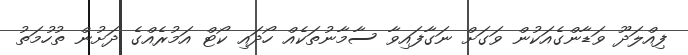
ފިއްލަދޫ ވަޑާންގެއަކުން ވަގަށް ނަގާފައިވާ ސާމާނުތަކެއް ހޯދައި ކޯޓް އަމުރެއްގެ ދަށުން ތުހުމަތު